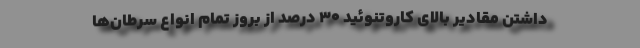
داشتن مقادیر بالای کاروتنوئید ۳۰ درصد از بروز تمام انواع سرطان‌ها